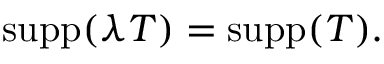
\operatorname { s u p p } ( \lambda T ) = \operatorname { s u p p } ( T ) .